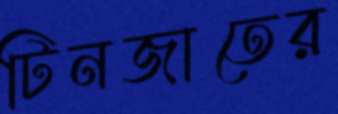
টিনজাতের